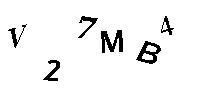
V27MB4